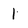
Character: 1